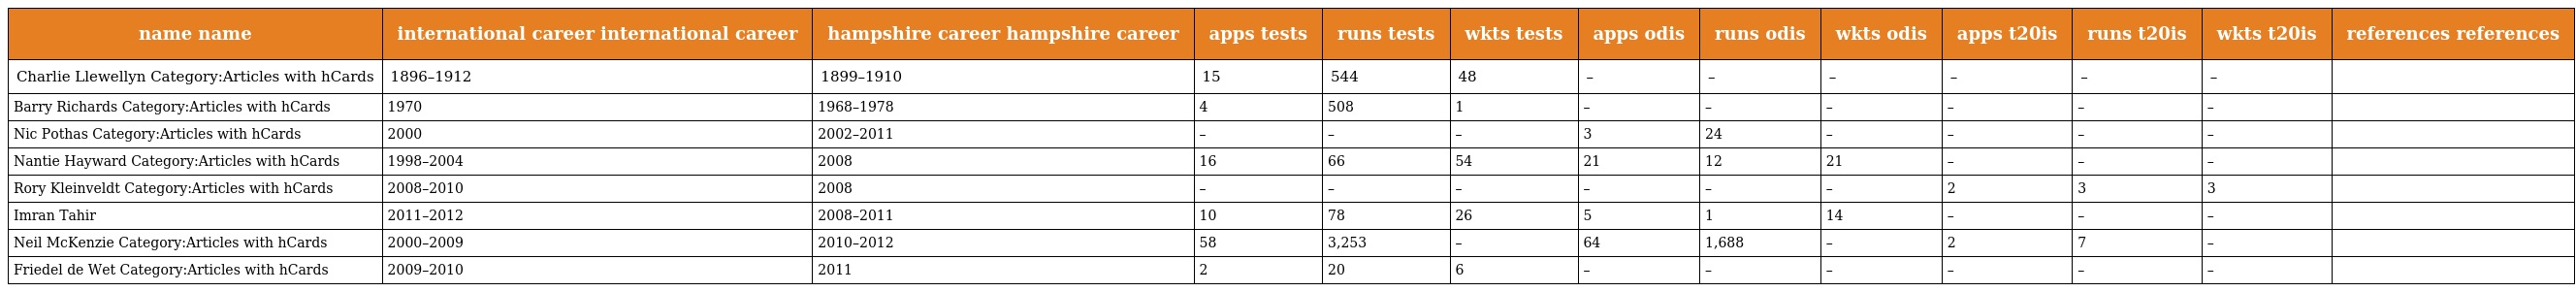
| name name | international career international career | hampshire career hampshire career | apps tests | runs tests | wkts tests | apps odis | runs odis | wkts odis | apps t20is | runs t20is | wkts t20is | references references |
 | --- | --- | --- | --- | --- | --- | --- | --- | --- | --- | --- | --- | --- |
 | Charlie Llewellyn Category:Articles with hCards | 1896–1912 | 1899–1910 | 15 | 544 | 48 | – | – | – | – | – | – |  |
 | Barry Richards Category:Articles with hCards | 1970 | 1968–1978 | 4 | 508 | 1 | – | – | – | – | – | – |  |
 | Nic Pothas Category:Articles with hCards | 2000 | 2002–2011 | – | – | – | 3 | 24 | – | – | – | – |  |
 | Nantie Hayward Category:Articles with hCards | 1998–2004 | 2008 | 16 | 66 | 54 | 21 | 12 | 21 | – | – | – |  |
 | Rory Kleinveldt Category:Articles with hCards | 2008–2010 | 2008 | – | – | – | – | – | – | 2 | 3 | 3 |  |
 | Imran Tahir | 2011–2012 | 2008–2011 | 10 | 78 | 26 | 5 | 1 | 14 | – | – | – |  |
 | Neil McKenzie Category:Articles with hCards | 2000–2009 | 2010–2012 | 58 | 3,253 | – | 64 | 1,688 | – | 2 | 7 | – |  |
 | Friedel de Wet Category:Articles with hCards | 2009–2010 | 2011 | 2 | 20 | 6 | – | – | – | – | – | – |  |